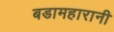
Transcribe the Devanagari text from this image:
बडामहारानी